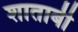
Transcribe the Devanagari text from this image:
शाताबी